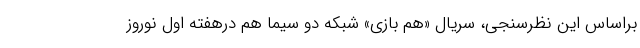
براساس این نظرسنجی، سریال «هم بازی» شبکه دو سیما هم درهفته اول نوروز